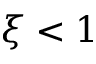
\xi < 1